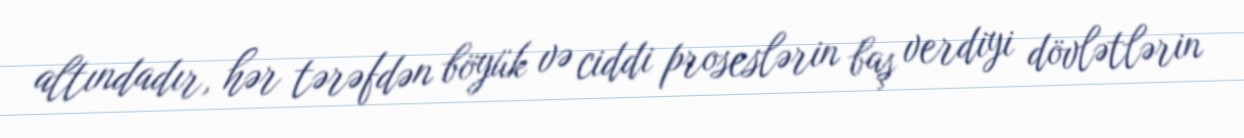
altındadır, hər tərəfdən böyük və ciddi proseslərin baş verdiyi dövlətlərin